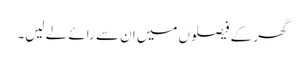
گھر کے فیصلوں میں ان سے رائے لے لیں۔